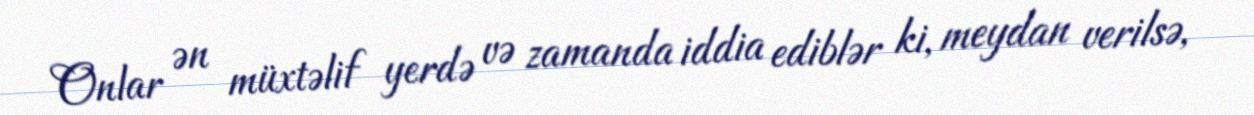
Onlar ən müxtəlif yerdə və zamanda iddia ediblər ki, meydan verilsə,